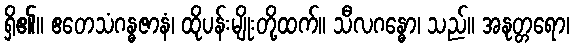
ရှိ၏။ ဧတေသံဂန္ဓဇာနံ၊ ထိုပန်းမျိုးတို့ထက်။ သီလဂန္ဓော၊ သည်။ အနုတ္တရော၊